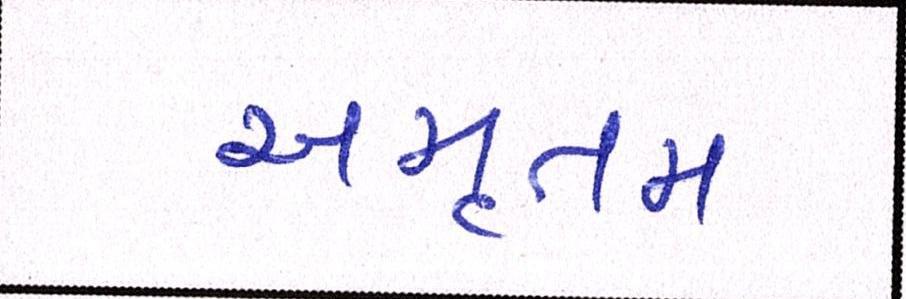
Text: અમૃતમ